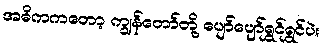
အဓိကကတော့ ကျွန်တော်တို့ ပျော်ပျော်ရွှင်ရွှင်ပဲ။